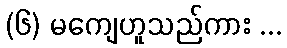
(၆) မကျေဟူသည်ကား ...